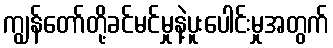
ကျွန်တော်တို့ခင်မင်မှုနဲ့ပူးပေါင်းမှုအတွက်